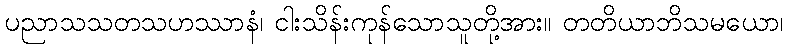
ပညာသသတသဟဿာနံ၊ ငါးသိန်းကုန်သောသူတို့အား။ တတိယာဘိသမယော၊